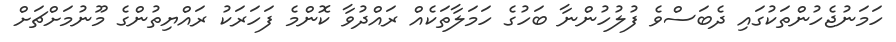
ހަމަނުޖެހުންތަކުގައި ދެބަސްވެ ފުލުހުންނާ ބަހުގެ ހަމަލާތަކެއް ރައްދުވާ ކޮންމެ ފަހަރަކު ރައްޔިތުންގެ މޫނުމަށްޗަށް